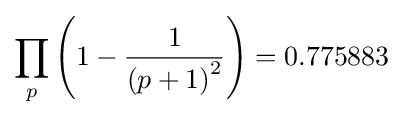
\prod _{p}\left(1-{\frac {1}{\left(p+1\right)^{2}}}\right)=0.775883